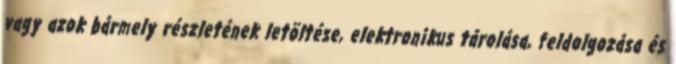
vagy azok bármely részletének letöltése, elektronikus tárolása, feldolgozása és